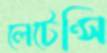
লেটেন্সি